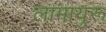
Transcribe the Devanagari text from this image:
लामायुरू